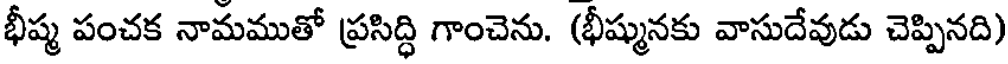
భీష్మ పంచక నామముతో ప్రసిద్ధి గాంచెను. (భీష్మునకు వాసుదేవుడు చెప్పినది)